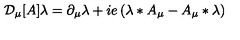
{ \cal D } _ { \mu } [ A ] \lambda = \partial _ { \mu } \lambda + i e \left( \lambda * A _ { \mu } - A _ { \mu } * \lambda \right)